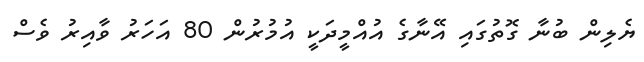
ޔެލިން ބުނާ ގޮތުގައި އޭނާގެ އުއްމީދަކީ އުމުރުން 80 އަހަރު ވާއިރު ވެސް